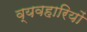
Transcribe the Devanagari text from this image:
व्यवहारियों